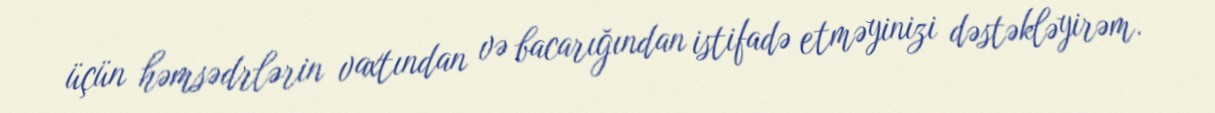
üçün həmsədrlərin vaxtından və bacarığından istifadə etməyinizi dəstəkləyirəm.